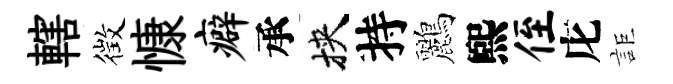
轄徴慷癖承挾持鸝煕侄庀詎